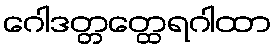
ဂေါဒတ္တတ္ထေရဂါထာ